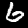
Label: 6